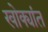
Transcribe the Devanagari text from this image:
खोक्यांत